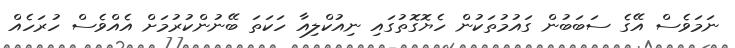
ނަމަވެސް އޭގެ ސަބަބުން ގައުމުތަކުން ހެޔޮގޮތުގައި ނިއުކްލިއާ ހަކަތަ ބޭނުންކުރުމަށް އެއްވެސް ހުރަހެއް